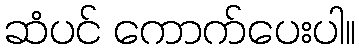
ဆံပင် ကောက်ပေးပါ။